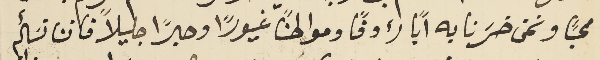
محباً ونحن خسَرنا به اباً رءوفًا ومواطنًا غيورًا وحبرًا جليلاً فاننا نسَأله